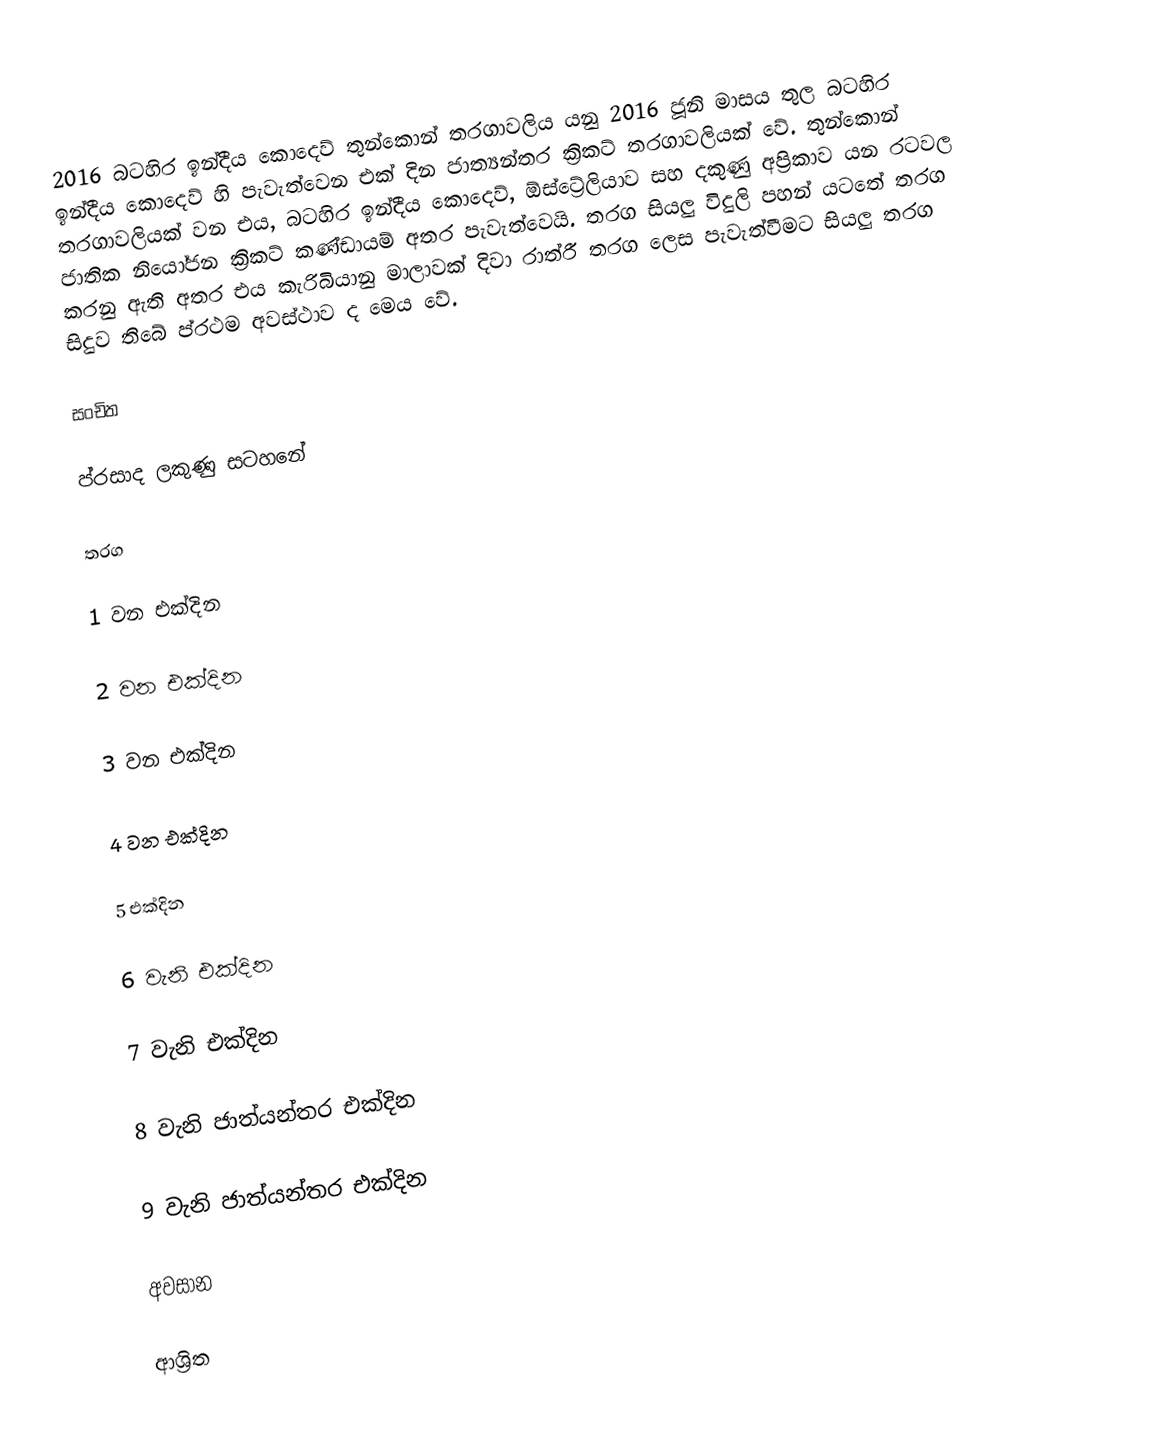
2016 බටහිර ඉන්දීය කොදෙව් තුන්කොන් තරගාවලිය යනු 2016 ජූනි මාසය තුල බටහිර ඉන්දීය කොදෙව් හි පැවැත්වෙන එක් දින ජාත්‍යන්තර ක්‍රිකට් තරගාවලියක් වේ. තුන්කොන් තරගාවලියක් වන එය, බටහිර ඉන්දීය කොදෙව්, ඕස්ට්‍රේලියාව සහ දකුණු අප්‍රිකාව යන රටවල ජාතික නියෝජන ක්‍රිකට් කණ්ඩායම් අතර පැවැත්වෙයි. තරග සියලු විදුලි පහන් යටතේ තරග කරනු ඇති අතර එය කැරිබියානු මාලාවක් දිවා රාත්රී තරග ලෙස පැවැත්වීමට සියලු තරග සිදුව තිබේ ප්රථම අවස්ථාව ද මෙය වේ.

සංචිත

ප්රසාද ලකුණු සටහනේ

තරග

1 වන එක්දින

2 වන එක්දින

3 වන එක්දින

4 වන එක්දින

5 එක්දින

6 වැනි එක්දින

7 වැනි එක්දින

8 වැනි ජාත්යන්තර එක්දින

9 වැනි ජාත්යන්තර එක්දින

අවසාන

ආශ්‍රිත